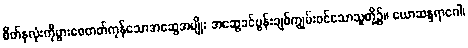
စိတ်နှလုံးကိုပွားစေတတ်ကုန်သောအဆွေအမျိုး အဆွေခင်ပွန်းချစ်ကျွမ်းဝင်သောသူတို့၌။ ယောဆန္ဒရာဂေါ၊